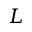
L